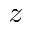
z